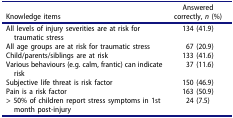
<table><thead><tr><td><b>Knowledge items</b></td><td><b>Answered correctly, <i>n</i> (%)</b></td></tr></thead><tbody><tr><td>All levels of injury severities are at risk for traumatic stress</td><td>134 (41.9)</td></tr><tr><td>All age groups are at risk for traumatic stress</td><td>67 (20.9)</td></tr><tr><td>Child/parents/siblings are at risk</td><td>133 (41.6)</td></tr><tr><td>Various behaviours (e.g. calm, frantic) can indicate risk</td><td>37 (11.6)</td></tr><tr><td>Subjective life threat is risk factor</td><td>150 (46.9)</td></tr><tr><td>Pain is a risk factor</td><td>163 (50.9)</td></tr><tr><td>&gt; 50% of children report stress symptoms in 1st month post-injury</td><td>24 (7.5)</td></tr></tbody></table>